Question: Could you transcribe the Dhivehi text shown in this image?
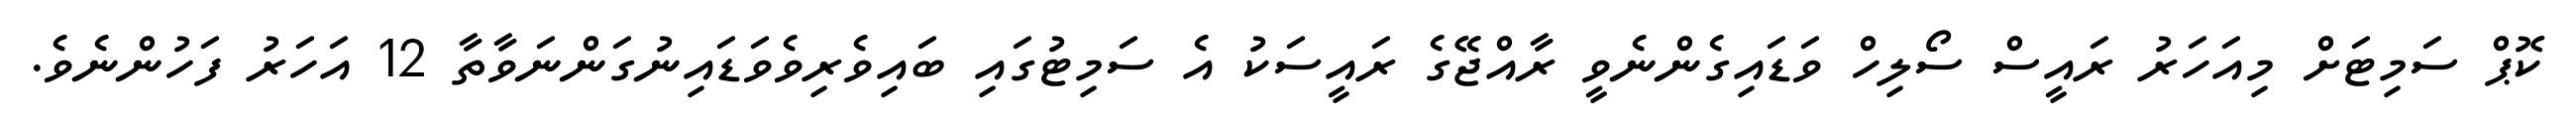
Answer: ކޮޕް ސަމިޓަށް މިއަހަރު ރައީސް ސޯލިހް ވަޑައިގެންނެވީ ރާއްޖޭގެ ރައީސަކު އެ ސަމިޓުގައި ބައިވެރިވެވަޑައިނުގަންނަވާތާ 12 އަހަރު ފަހުންނެވެ.